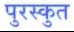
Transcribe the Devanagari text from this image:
पुरस्कुत